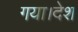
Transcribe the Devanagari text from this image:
गया।देश